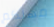
مهلكم